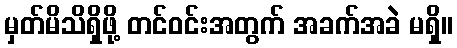
မှတ်မိသိရှိဖို့ တင်ဝင်းအတွက် အခက်အခဲ မရှိ။